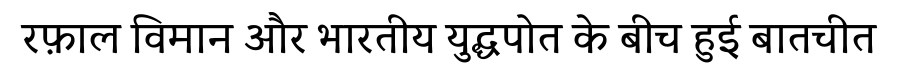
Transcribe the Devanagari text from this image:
रफ़ाल विमान और भारतीय युद्धपोत के बीच हुई बातचीत